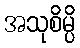
အသုစိမ္ပိ